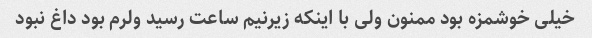
خیلی خوشمزه بود ممنون ولی با اینکه زیرنیم ساعت رسید ولرم بود داغ نبود